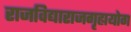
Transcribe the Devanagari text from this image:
राजविद्याराजगृह्ययोग